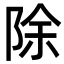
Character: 除